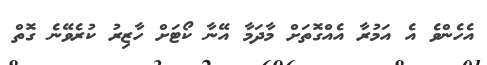
އެހެންވެ އެ އަމުރާ އެއްގޮތަށް މާދަމާ އޭނާ ކޯޓަށް ހާޒިރު ކުރެވޭނެ ގޮތް